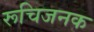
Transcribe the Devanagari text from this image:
रूचिजनक